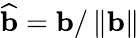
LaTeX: {\widehat{\mathbf{b}}}=\mathbf{b}/\left\| \mathbf{b}\right\|